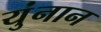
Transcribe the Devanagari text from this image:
युंनान